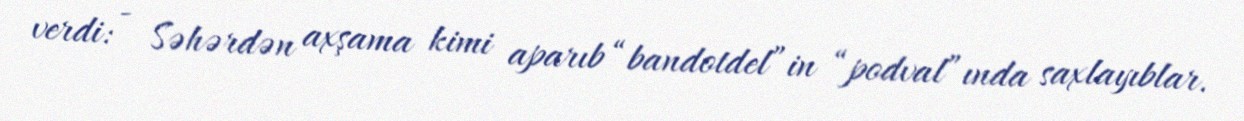
verdi: - Səhərdən axşama kimi aparıb “bandotdel”in “podval”ında saxlayıblar.